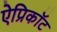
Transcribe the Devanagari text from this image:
ऐप्रिकॉट